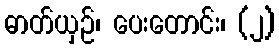
ဓာတ်ယှဉ်၊ ပေးတောင်း၊ (၂)